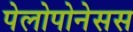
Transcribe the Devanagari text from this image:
पेलोपोनेसस